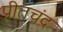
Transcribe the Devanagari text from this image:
प्रीतचंद